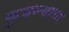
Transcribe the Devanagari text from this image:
कुचंल्याचा